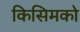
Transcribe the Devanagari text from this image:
किसिमको